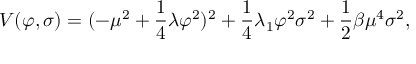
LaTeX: V ( \varphi , \sigma ) = ( - \mu ^ { 2 } + \frac { 1 } { 4 } \lambda \varphi ^ { 2 } ) ^ { 2 } + \frac { 1 } { 4 } \lambda _ { 1 } \varphi ^ { 2 } \sigma ^ { 2 } + \frac { 1 } { 2 } \beta \mu ^ { 4 } \sigma ^ { 2 } ,